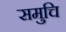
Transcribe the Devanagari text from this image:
समुचि